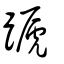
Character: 蹏